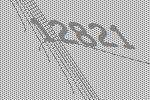
12821